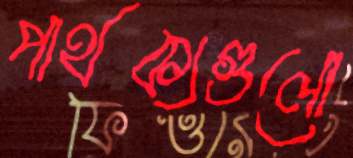
পার্থক্যগুলো